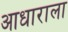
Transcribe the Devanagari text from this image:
आधाराला